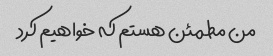
من مطمئن هستم که خواهیم کرد